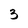
Character: 3